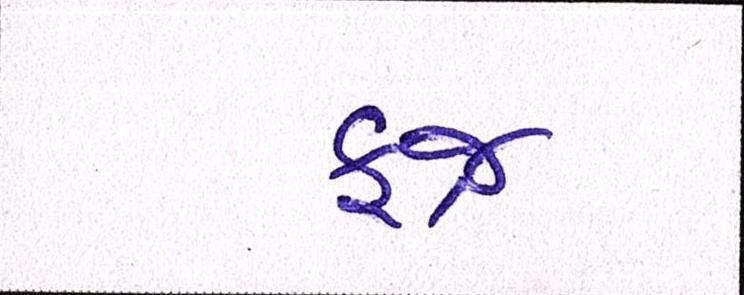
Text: ફજ્ર